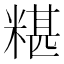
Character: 糂